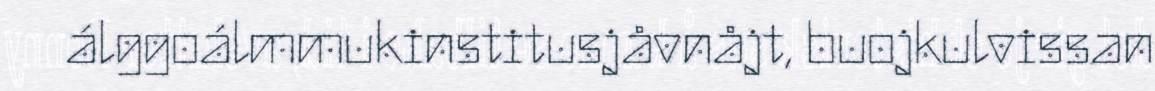
álggoálmmukinstitusjåvnåjt, buojkulvissan